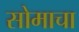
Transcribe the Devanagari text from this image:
सोमाचा